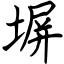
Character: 塀